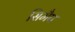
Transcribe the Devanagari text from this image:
सिमैप